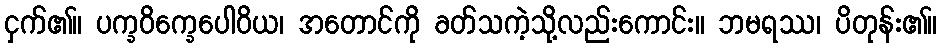
ငှက်၏။ ပက္ခဝိက္ခေပေါဝိယ၊ အတောင်ကို ခတ်သကဲ့သို့လည်းကောင်း။ ဘမရဿ၊ ပိတုန်း၏။